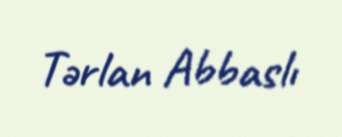
Tərlan Abbaslı